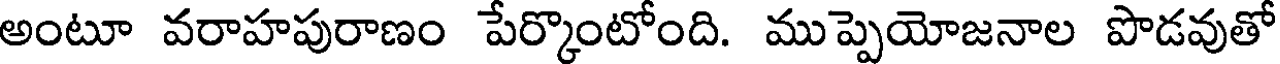
అంటూ వరాహపురాణం పేర్కొంటోంది. ముప్పెయోజనాల పొడవుతో